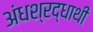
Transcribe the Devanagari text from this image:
अंधश्रद्धाथी